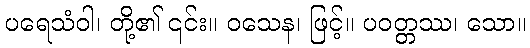
ပရေသံဝါ၊ တို့၏ ၎င်း။ ဝသေန၊ ဖြင့်။ ပဝတ္တဿ၊ သော။